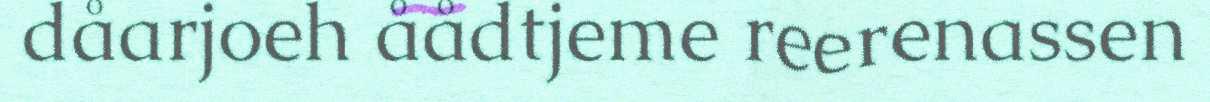
dåarjoeh åådtjeme reerenassen